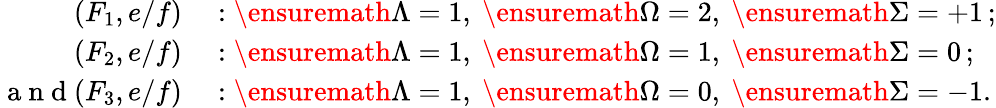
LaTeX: \begin{array}{rl}{(F_{1},e/f)}&{{}:\ensuremath{\Lambda}=1,\ \ensuremath{\Omega}=2,\ \ensuremath{\Sigma}=+1\, ;}\\ {(F_{2},e/f)}&{{}:\ensuremath{\Lambda}=1,\ \ensuremath{\Omega}=1,\ \ensuremath{\Sigma}=0\, ;}\\ {\mathrm{~a~n~d~}(F_{3},e/f)}&{{}:\ensuremath{\Lambda}=1,\ \ensuremath{\Omega}=0,\ \ensuremath{\Sigma}=-1.}\end{array}